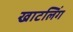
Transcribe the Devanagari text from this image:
खाटलिंग